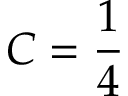
C = \frac 1 4